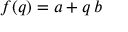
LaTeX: \; f ( q ) = a + q \, b